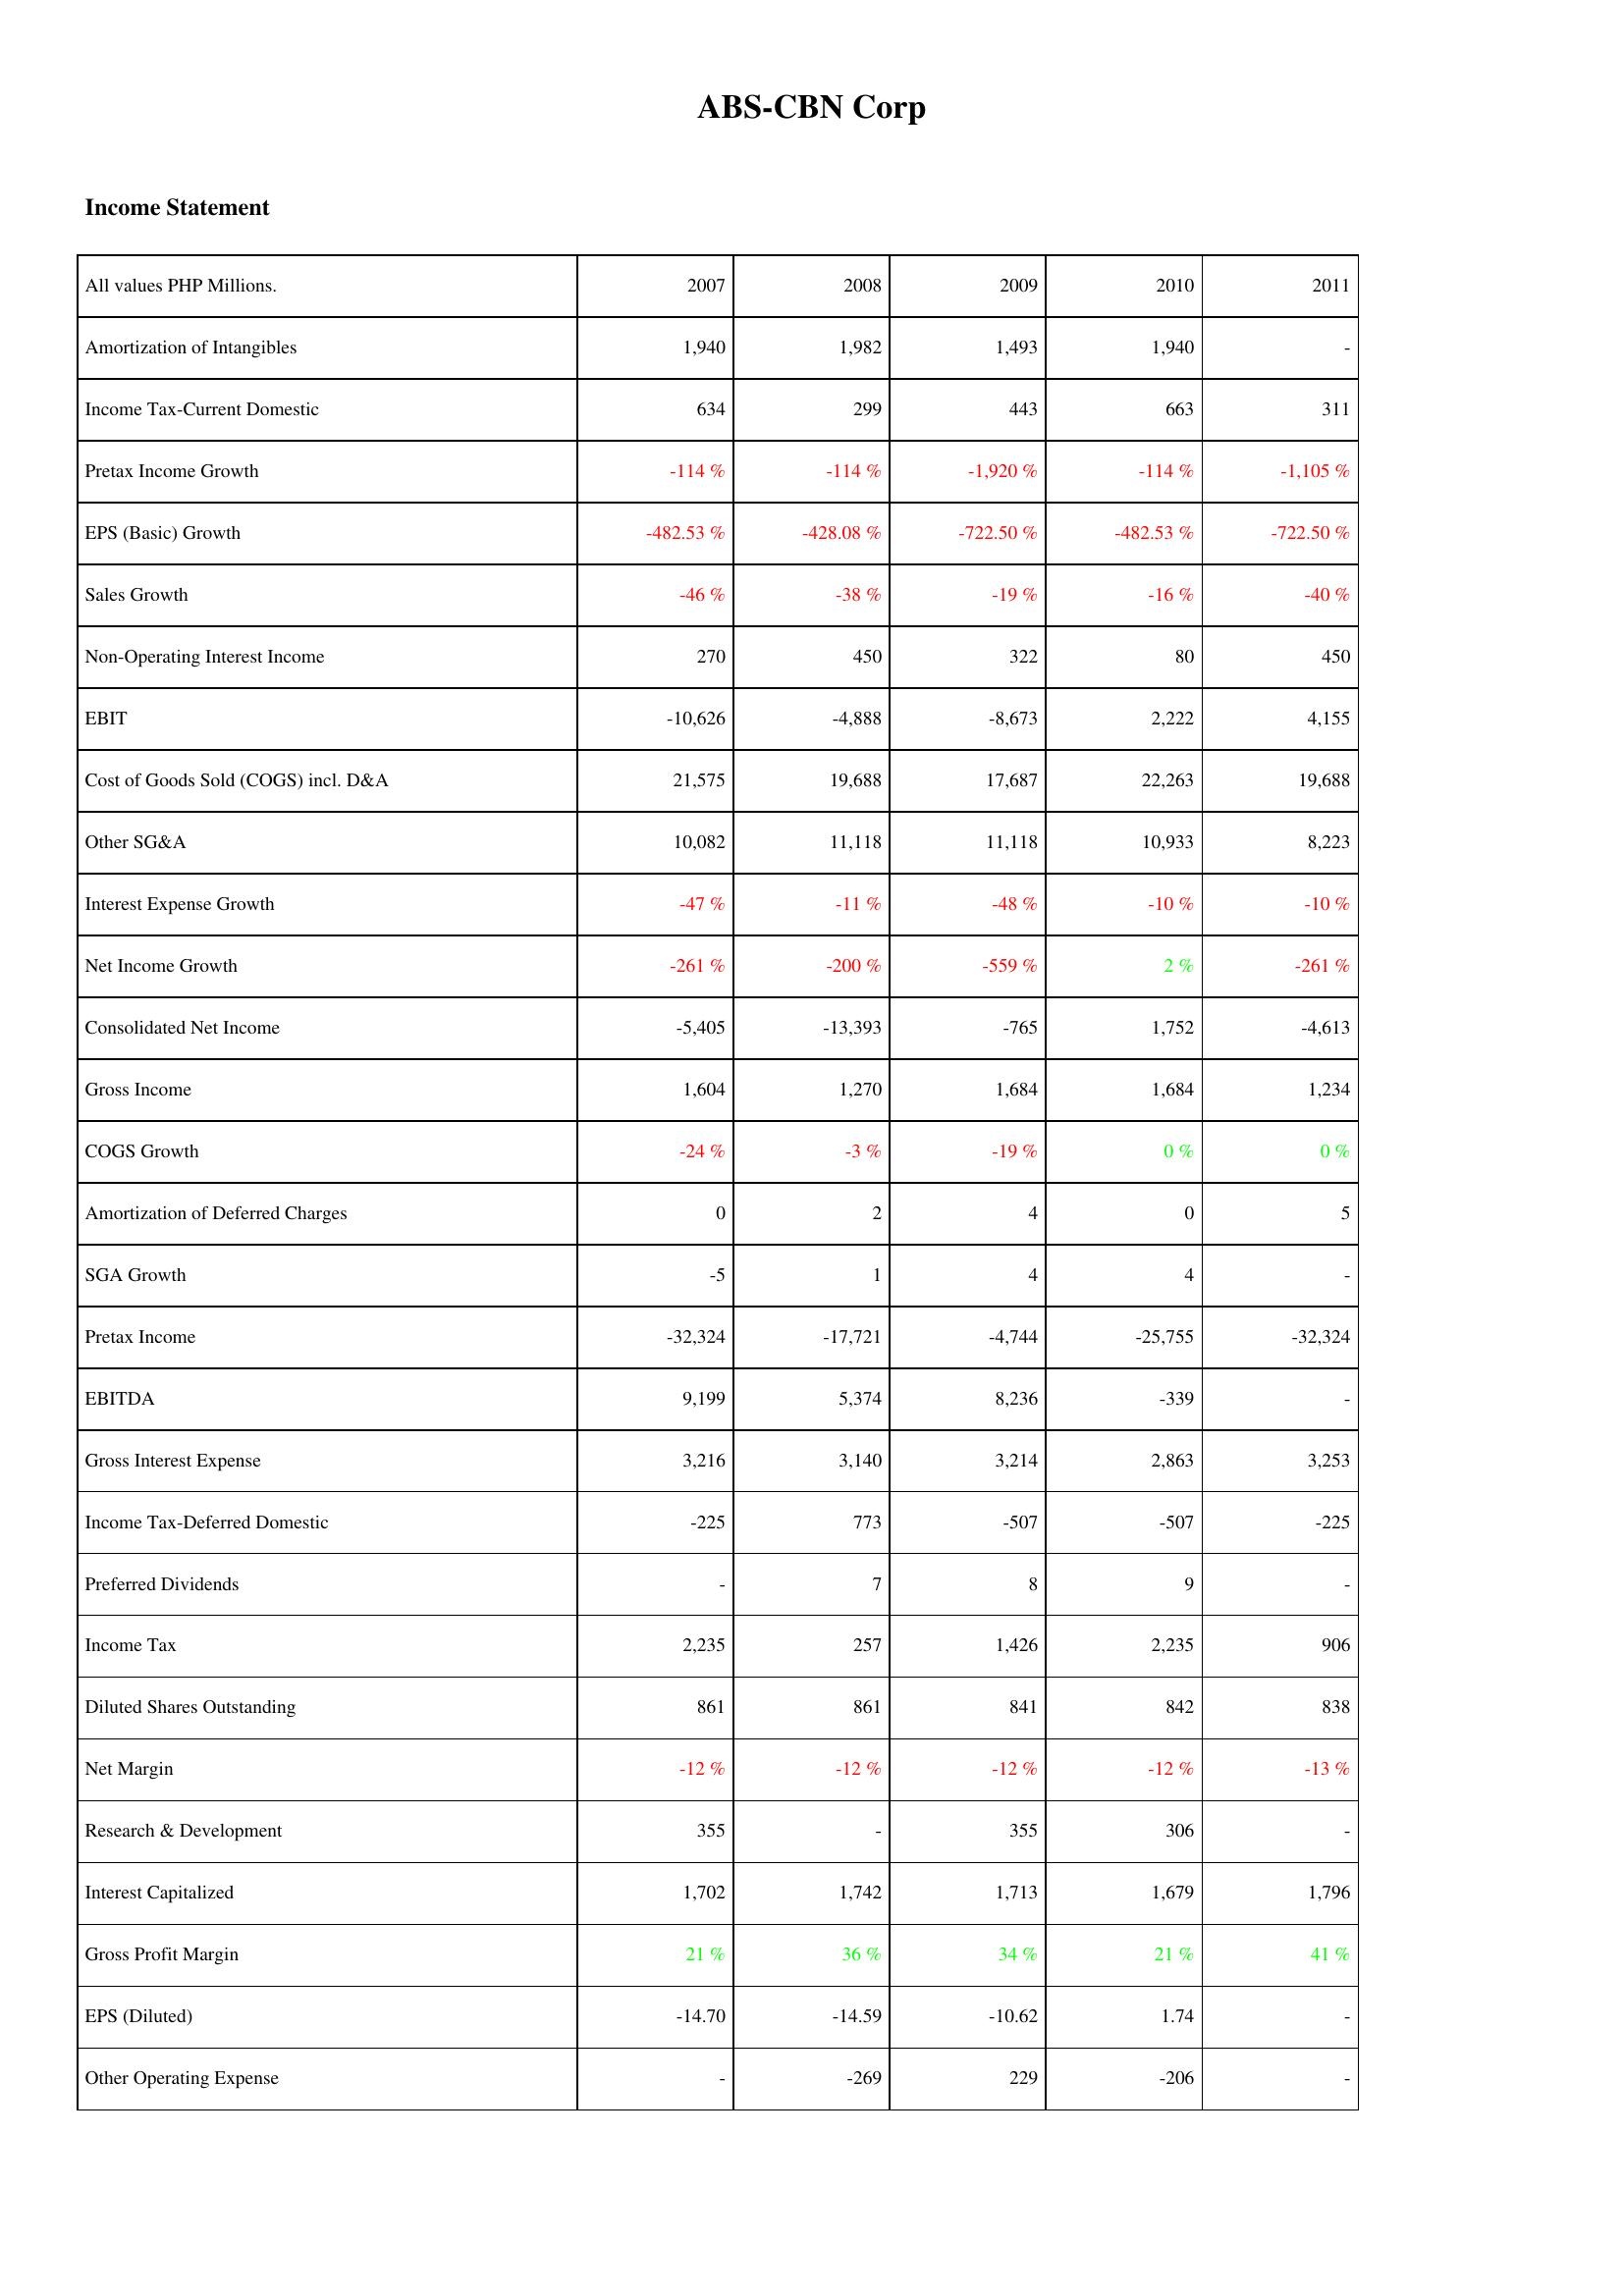
2007: Income Statement: Amortization of Intangibles: 1,940
Income Tax-Current Domestic: 634
Pretax Income Growth: -114 %
EPS (Basic) Growth: -482.53 %
Sales Growth: -46 %
Non-Operating Interest Income: 270
EBIT: -10,626
Cost of Goods Sold (COGS) incl. D&A: 21,575
Other SG&A: 10,082
Interest Expense Growth: -47 %
Net Income Growth: -261 %
Consolidated Net Income: -5,405
Gross Income: 1,604
COGS Growth: -24 %
Amortization of Deferred Charges: 0
SGA Growth: -5
Pretax Income: -32,324
EBITDA: 9,199
Gross Interest Expense: 3,216
Income Tax-Deferred Domestic: -225
Preferred Dividends: -
Income Tax: 2,235
Diluted Shares Outstanding: 861
Net Margin: -12 %
Research & Development: 355
Interest Capitalized: 1,702
Gross Profit Margin: 21 %
EPS (Diluted): -14.70
Other Operating Expense: -
2008: Income Statement: Amortization of Intangibles: 1,982
Income Tax-Current Domestic: 299
Pretax Income Growth: -114 %
EPS (Basic) Growth: -428.08 %
Sales Growth: -38 %
Non-Operating Interest Income: 450
EBIT: -4,888
Cost of Goods Sold (COGS) incl. D&A: 19,688
Other SG&A: 11,118
Interest Expense Growth: -11 %
Net Income Growth: -200 %
Consolidated Net Income: -13,393
Gross Income: 1,270
COGS Growth: -3 %
Amortization of Deferred Charges: 2
SGA Growth: 1
Pretax Income: -17,721
EBITDA: 5,374
Gross Interest Expense: 3,140
Income Tax-Deferred Domestic: 773
Preferred Dividends: 7
Income Tax: 257
Diluted Shares Outstanding: 861
Net Margin: -12 %
Research & Development: -
Interest Capitalized: 1,742
Gross Profit Margin: 36 %
EPS (Diluted): -14.59
Other Operating Expense: -269
2009: Income Statement: Amortization of Intangibles: 1,493
Income Tax-Current Domestic: 443
Pretax Income Growth: -1,920 %
EPS (Basic) Growth: -722.50 %
Sales Growth: -19 %
Non-Operating Interest Income: 322
EBIT: -8,673
Cost of Goods Sold (COGS) incl. D&A: 17,687
Other SG&A: 11,118
Interest Expense Growth: -48 %
Net Income Growth: -559 %
Consolidated Net Income: -765
Gross Income: 1,684
COGS Growth: -19 %
Amortization of Deferred Charges: 4
SGA Growth: 4
Pretax Income: -4,744
EBITDA: 8,236
Gross Interest Expense: 3,214
Income Tax-Deferred Domestic: -507
Preferred Dividends: 8
Income Tax: 1,426
Diluted Shares Outstanding: 841
Net Margin: -12 %
Research & Development: 355
Interest Capitalized: 1,713
Gross Profit Margin: 34 %
EPS (Diluted): -10.62
Other Operating Expense: 229
2010: Income Statement: Amortization of Intangibles: 1,940
Income Tax-Current Domestic: 663
Pretax Income Growth: -114 %
EPS (Basic) Growth: -482.53 %
Sales Growth: -16 %
Non-Operating Interest Income: 80
EBIT: 2,222
Cost of Goods Sold (COGS) incl. D&A: 22,263
Other SG&A: 10,933
Interest Expense Growth: -10 %
Net Income Growth: 2 %
Consolidated Net Income: 1,752
Gross Income: 1,684
COGS Growth: 0 %
Amortization of Deferred Charges: 0
SGA Growth: 4
Pretax Income: -25,755
EBITDA: -339
Gross Interest Expense: 2,863
Income Tax-Deferred Domestic: -507
Preferred Dividends: 9
Income Tax: 2,235
Diluted Shares Outstanding: 842
Net Margin: -12 %
Research & Development: 306
Interest Capitalized: 1,679
Gross Profit Margin: 21 %
EPS (Diluted): 1.74
Other Operating Expense: -206
2011: Income Statement: Amortization of Intangibles: -
Income Tax-Current Domestic: 311
Pretax Income Growth: -1,105 %
EPS (Basic) Growth: -722.50 %
Sales Growth: -40 %
Non-Operating Interest Income: 450
EBIT: 4,155
Cost of Goods Sold (COGS) incl. D&A: 19,688
Other SG&A: 8,223
Interest Expense Growth: -10 %
Net Income Growth: -261 %
Consolidated Net Income: -4,613
Gross Income: 1,234
COGS Growth: 0 %
Amortization of Deferred Charges: 5
SGA Growth: -
Pretax Income: -32,324
EBITDA: -
Gross Interest Expense: 3,253
Income Tax-Deferred Domestic: -225
Preferred Dividends: -
Income Tax: 906
Diluted Shares Outstanding: 838
Net Margin: -13 %
Research & Development: -
Interest Capitalized: 1,796
Gross Profit Margin: 41 %
EPS (Diluted): -
Other Operating Expense: -